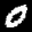
Label: 0